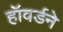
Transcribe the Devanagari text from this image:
हॉवर्डने